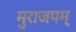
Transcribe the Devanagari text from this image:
मुराजपम्